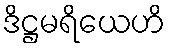
ဒိဋ္ဌမရိယေဟိ